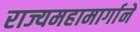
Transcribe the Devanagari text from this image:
राज्यमहामार्गाने